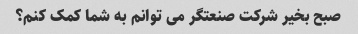
صبح بخیر شرکت صنعتگر می توانم به شما کمک کنم؟